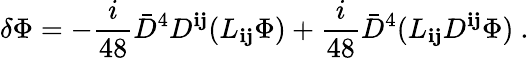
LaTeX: \delta\Phi=-\frac{i}{48}{\bar{D}}^{4}D^{{\mathbf i}{\mathbf j}}(L_{{\mathbf i}{\mathbf j}}\Phi)+\frac{i}{48}{\bar{D}}^{4}(L_{{\mathbf i}{\mathbf j}}D^{{\mathbf i}{\mathbf j}}\Phi)\ .